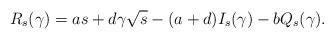
LaTeX: \begin{align*}R_s(\gamma)&= a s + d \gamma \sqrt{s} - (a+d) I_s(\gamma) - b Q_s(\gamma).\end{align*}